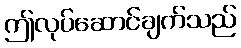
ဤလုပ်ဆောင်ချက်သည်